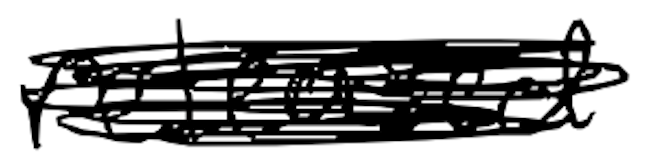
Text: released
Cross-out: scratch
Writing tool: digital_black